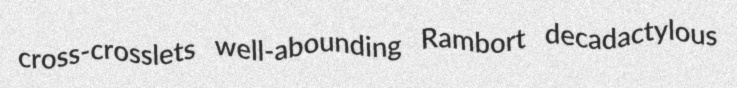
cross-crosslets well-abounding Rambort decadactylous